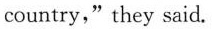
country," they said.